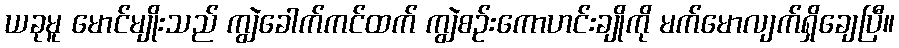
ယခုမူ မောင်မျိုးသည် ကျွဲခေါက်ကင်ထက် ကျွဲစဉ်းကောဟင်းချိုကို မက်မောလျက်ရှိချေပြီ။